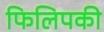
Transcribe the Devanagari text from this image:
फिलिपकी